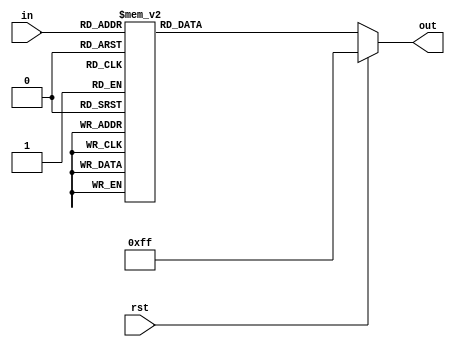
`timescale 1ns / 1ps
//////////////////////////////////////////////////////////////////////////////////
// Company: 
// Engineer: 
// 
// Design Name: 
// Module Name: seg_decoder
// Project Name: 
// Target Devices: 
// Tool Versions: 
// Description: 
// 
// Dependencies: 
// 
// Revision:
// Revision 0.01 - File Created
// Additional Comments:
// 
//////////////////////////////////////////////////////////////////////////////////


module seg_decoder(
    input [3:0] in,
    input rst,
    output reg [7:0] out
);

always @*
begin
if (rst)
    out = 8'b11111111;
else
case (in)    
       4'b0000:  out = 8'b11000000;  // 0
       4'b0001:  out = 8'b11111001;  // 1
       4'b0010:  out = 8'b10100100;  // 2
       4'b0011:  out = 8'b10110000;  // 3
       4'b0100:  out = 8'b10011001;  // 4
       4'b0101:  out = 8'b10010010;  // 5
       4'b0110:  out = 8'b10000010;  // 6
       4'b0111:  out = 8'b11111000;  // 7
       4'b1000:  out = 8'b10000000;  // 8
       4'b1001:  out = 8'b10010000;  // 9
       4'b1010:  out = 8'b10001000;  // A
       4'b1011:  out = 8'b10000011;  // B
       4'b1100:  out = 8'b11000110;  // C
       4'b1101:  out = 8'b10100001;  // D
       4'b1110:  out = 8'b10000110;  // E
       4'b1111:  out = 8'b10001110;  // F
endcase
end
endmodule